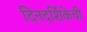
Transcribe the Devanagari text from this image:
दिनदर्शिकेची